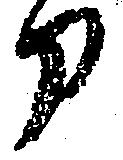
刀